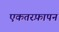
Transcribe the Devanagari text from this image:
एकतरफ़ापन